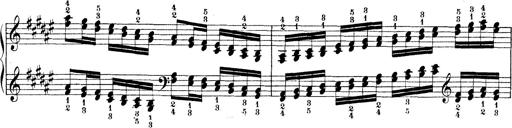
Title: Technische Studien
Composer: Franz Liszt